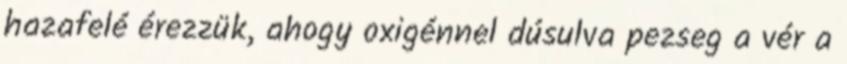
hazafelé érezzük, ahogy oxigénnel dúsulva pezseg a vér a